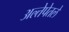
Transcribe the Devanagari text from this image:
अल्तेपेतले